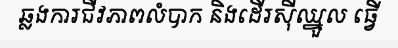
ឆ្លងការជីវភាពលំបាក និងដើរស៊ីឈ្នួល ធ្វើ